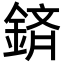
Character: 𮢕